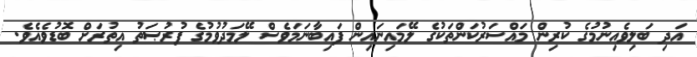
އަދި ބަލިވެއިނުމުގެ ކުރިން މައްސަރުކަންތަކުގެ ލޭމައިނައިން ފައިބާނަމަވެސް ލޭމަދުވުމުގެ ފުރުޞަތު އިތުރަށް ބޮޑުވެއެވެ.